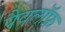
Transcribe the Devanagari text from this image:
पैवलॉफ़